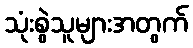
သုံးစွဲသူများအတွက်